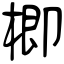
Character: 楖